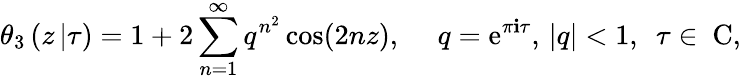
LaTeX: \theta_{3}\left(z\left|\tau\right.\right)=1+2\sum_{n=1}^{\infty}q^{n^{2}}\cos(2nz),\ \ \ \ \ q=\mathrm{e}^{\pi\mathbf{i}\tau},\, |q|<1,\ \ \tau\in\mathrm{{\mathbf{~}C}},